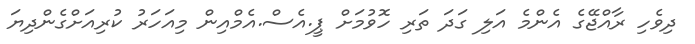
ދިވެހި ރާއްޖޭގެ އެންމެ އަލި ގަދަ ތަރި ހޮވުމަށް ޕީ.އެސް.އެމްއިން މިއަހަރު ކުރިއަށްގެންދިޔަ